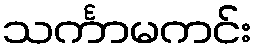
သင်္ကာမကင်း